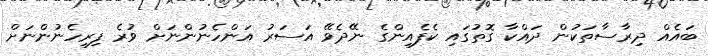
ބައެއް ދިރާސާތަކުން ދައްކާ ގޮތުގައި ކެފެއިންގެ ނޭދެވޭ އަސަރު އަންހެނުންނަށް ވުރެ ފިރިހެނުންނަށް